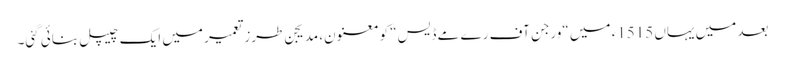
بعد میں یہاں 1515ء میں “ورجن آف رے مے ڈیس“ کو معنون، مدیجن طرزتعمیر میں ایک چیپل بنائی گئی۔